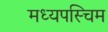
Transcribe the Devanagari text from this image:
मध्यपस्चिम